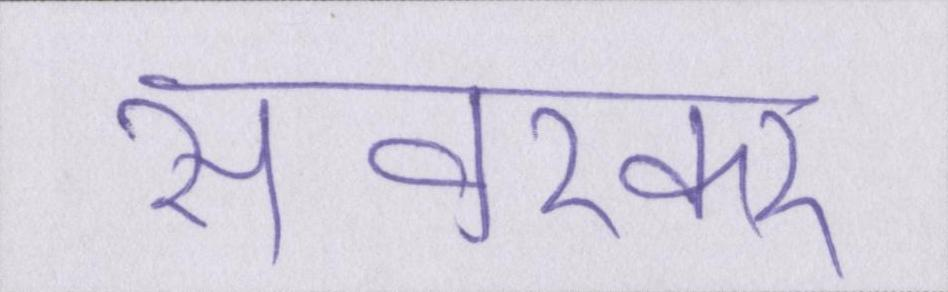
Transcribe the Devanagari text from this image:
सावरकर